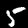
Label: 5